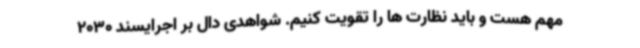
مهم هست و باید نظارت ها را تقویت کنیم. شواهدی دال بر اجرایسند 2030